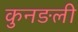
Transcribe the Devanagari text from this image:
कुनङली